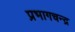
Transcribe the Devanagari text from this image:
प्रभागचन्द्र